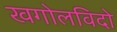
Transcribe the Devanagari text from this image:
खगोलविदो